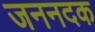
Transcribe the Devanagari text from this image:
जननदक